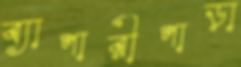
ব্যাপারীপাড়া